Insane asylums in Bengal annual reports 1876-1887 - 1876-1887
Year: 1876
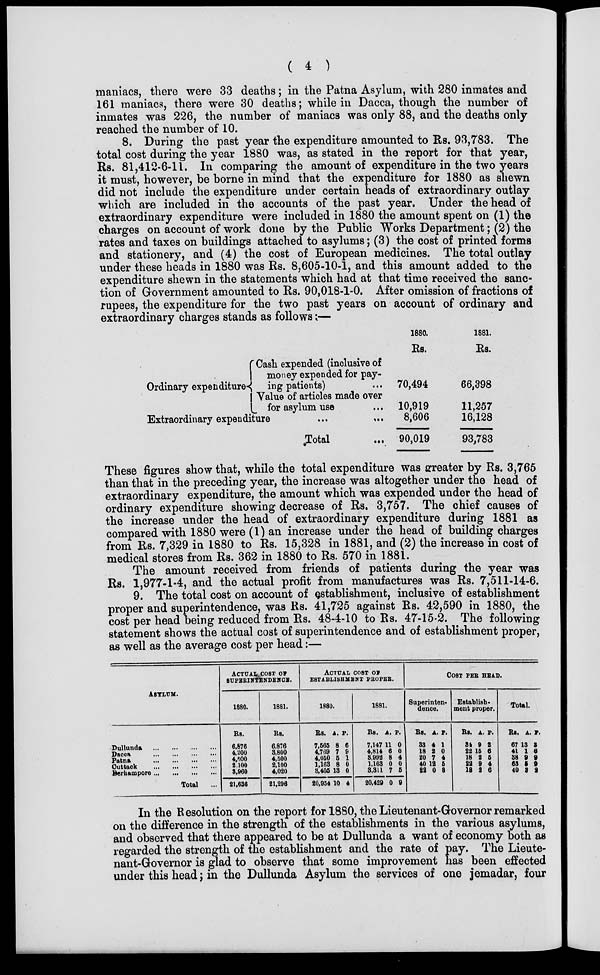
( 4 )
maniacs, there were 33 deaths; in the Patna Asylum, with 280 inmates and
161 maniacs, there were 30 deaths; while in Dacca, though the number of
inmates was 226, the number of maniacs was only 88, and the deaths only
reached the number of 10.
8. During the past year the expenditure amounted to Rs. 93,783. The
total cost during the year 1880 was, as stated in the report for that year,
Rs. 81,412-6-11. In comparing the amount of expenditure in the two years
it must, however, be borne in mind that the expenditure for 1880 as shewn
did not include the expenditure under certain heads of extraordinary outlay
which are included in the accounts of the past year. Under the head of
extraordinary expenditure were included in 1880 the amount spent on (1) the
charges on account of work done by the Public Works Department; (2) the
rates and taxes on buildings attached to asylums; (3) the cost of printed forms
and stationery, and (4) the cost of European medicines. The total outlay
under these heads in 1880 was Rs. 8,605-10-1, and this amount added to the
expenditure shewn in the statements which had at that time received the sanc-
tion of Government amounted to Rs. 90,018-1-0. After omission of fractions of
rupees, the expenditure for the two past years on account of ordinary and
extraordinary charges stands as follows:—
Ordinary expenditure
Cash expended (inclusive of
money expended for pay-
ing patients)
...
Value of articles made over
for asylum use ...
Extraordinary expenditure
...
...
Total ...
1880.
Rs.
70,494
10,919
8,606
90,019
1881.
Rs.
66,398
11,257
16,128
93,783
These figures show that, while the total expenditure was greater by Rs. 3,765
than that in the preceding year, the increase was altogether under the head of
extraordinary expenditure, the amount which was expended under the head of
ordinary expenditure showing decrease of Rs. 3,757. The chief causes of
the increase under the head of extraordinary expenditure during 1881 as
compared with 1880 were (1) an increase under the head of building charges
from Rs. 7,329 in 1880 to Rs. 15,328 in 1881, and (2) the increase in cost of
medical stores from Rs. 362 in 1880 to Rs. 570 in 1881.
The amount received from friends of patients during the year was
Rs. 1,977-1-4, and the actual profit from manufactures was Rs. 7,511-14-6.
9. The total cost on account of establishment, inclusive of establishment
proper and superintendence, was Rs. 41,725 against Rs. 42,590 in 1880, the
cost per head being reduced from Rs. 48-4-10 to Rs. 47-15-2. The following
statement shows the actual cost of superintendence and of establishment proper,
as well as the average cost per head:—
ASYLUM.
Dullunda
...
...
...
...
Dacca
...
...
...
...
Patna
...
...
...
...
Cuttack
...
...
...
...
Berhampore
...
...
...
...
Total ...
ACTUAL COST OF
SUPERINTENDENCE.
1880.
Rs.
6,876
4,200
4,500
2,100
3,960
21,636
1881.
Rs.
6,876
3,800
4,500
2,100
4,020
21,296
ACTUAL COST OF
ESTABLISHMENT PROPER.
1880.
Rs.
7,565
4,769
4,050
1,163
3,405
20,954
A.
8
7
5
8
13
10
P.
6
9
1
0
0
4
1881.
Rs.
7,147
4,814
3,992
1,163
3,311
20,429
A.
11
6
8
0
7
0
P.
0
0
4
0
5
9
COST PER HEAD.
Superinten-
dence.
Rs.
33
18
20
40
22
A.
4
2
7
12
0
P.
1
0
4
5
8
Establish-
ment proper.
Rs.
34
22
18
22
18
A.
9
15
2
9
2
P.
2
6
5
4
6
Total.
Rs.
67
41
38
63
40
A.
13
1
9
5
3
P.
3
6
9
9
2
In the Resolution on the report for 1880, the Lieutenant-Governor remarked
on the difference in the strength of the establishments in the various asylums,
and observed that there appeared to be at Dullunda a want of economy both as
regarded the strength of the establishment and the rate of pay. The Lieute-
nant-Governor is glad to observe that some improvement has been effected
under this head; in the Dullunda Asylum the services of one jemadar, four